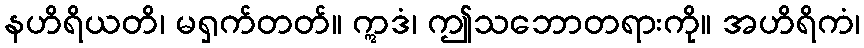
နဟိရိယတိ၊ မရှက်တတ်။ ဣဒံ၊ ဤသဘောတရားကို။ အဟိရိကံ၊